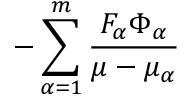
- \sum _ { \alpha = 1 } ^ { m } \frac { F _ { \alpha } \Phi _ { \alpha } } { \mu - \mu _ { \alpha } }